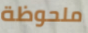
ملحوظة